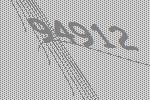
94912